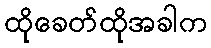
ထိုခေတ်ထိုအခါက